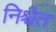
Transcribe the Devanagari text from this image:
निश्चेत